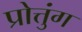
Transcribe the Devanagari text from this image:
प्रोत्तुंग